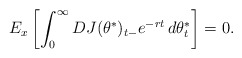
\begin{align*}E_x\left[ \int_{0}^{\infty}DJ(\theta^{\ast})_{t-}e^{-rt}\,d\theta _{t}^{\ast} \right] =0 . \end{align*}